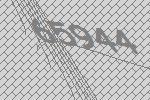
65944